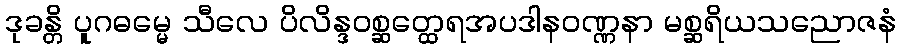
ဒုခန္တိ ပူဂဓမ္မေ သီလေ ပိလိန္ဒဝစ္ဆတ္ထေရအပဒါနဝဏ္ဏနာ မစ္ဆရိယသညောဇနံ